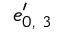
\boldsymbol { e } _ { 0 , \ 3 } ^ { \prime }